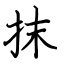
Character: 抹